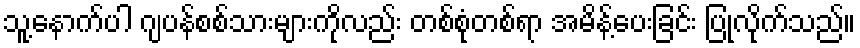
သူ့နောက်ပါ ဂျပန်စစ်သားများကိုလည်း တစ်စုံတစ်ရာ အမိန့်ပေးခြင်း ပြုလိုက်သည်။